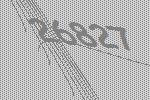
26827